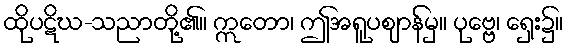
ထိုပဋိဃ-သညာတို့၏။ ဣတော၊ ဤအရူပဈာန်မှ။ ပုဗ္ဗေ၊ ရှေး၌။